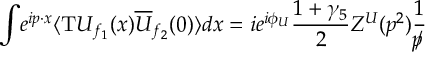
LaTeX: { \displaystyle \int } e ^ { { i p \cdot x } } \langle \mathrm { T } { U _ { { f _ { 1 } } } } ( x ) { \overline { { { U } } } _ { { f _ { 2 } } } } ( 0 ) \rangle d x = i e ^ { { i { \phi _ { U } } } } { \displaystyle \frac { 1 + { \gamma _ { 5 } } } { 2 } } Z ^ { U } ( p ^ { 2 } ) { \displaystyle \frac { 1 } { { / \! \! \! } p } } { }